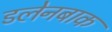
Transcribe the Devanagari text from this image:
डलेनबाक